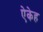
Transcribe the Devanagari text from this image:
ऐकेह